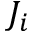
J _ { i }